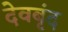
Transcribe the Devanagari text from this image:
देवबृंद